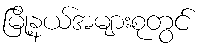
မြို့နယ်အများစုတွင်